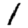
Digit: 1